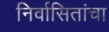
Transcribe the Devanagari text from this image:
निर्वासितांचा